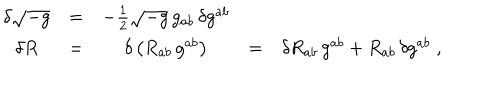
LaTeX: \begin{array} { c c c c c } { { \delta \sqrt { - g } } } & { { = } } & { { - { \frac { 1 } { 2 } } \sqrt { - g } \, g _ { a b } \, \delta g ^ { a b } } } & { { \ } } & { { } } \\ { { \delta R } } & { { = } } & { { \delta \left( R _ { a b } \, g ^ { a b } \right) } } & { { = } } & { { \delta R _ { a b } \, g ^ { a b } + R _ { a b } \, \delta g ^ { a b } \; , } } \\ \end{array}